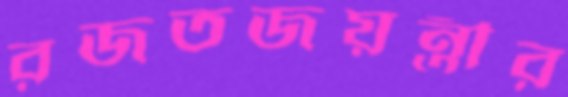
রজতজয়ন্তীর